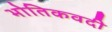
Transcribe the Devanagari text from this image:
भोतिकवदी